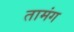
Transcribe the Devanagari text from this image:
तामंग